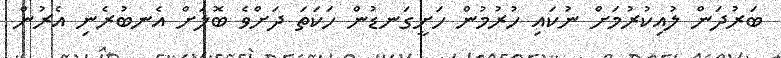
ބަރުދަން ލުއިކުރުމަށް ނުކައި ހުރުމުން ހަށީގަނޑުން ހަކަތަ ދަށްވެ ބޮލަށް އެނބުރެނި އެރުން